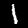
Label: 1